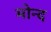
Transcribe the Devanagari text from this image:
मोन्‍द